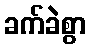
ခက်ခဲစွာ